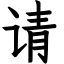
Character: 请